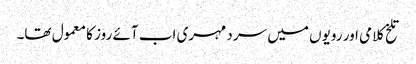
تلخ کلامی اور رویوں میں سرد مہری اب آئے روز کا معمول تھا۔